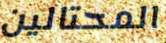
المحتالين